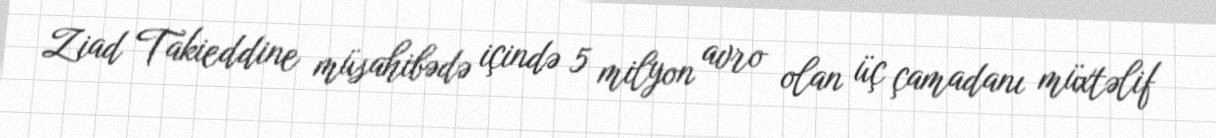
Ziad Takieddine müsahibədə içində 5 milyon avro olan üç çamadanı müxtəlif